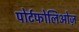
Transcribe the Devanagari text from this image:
पोर्टफोलिओज़